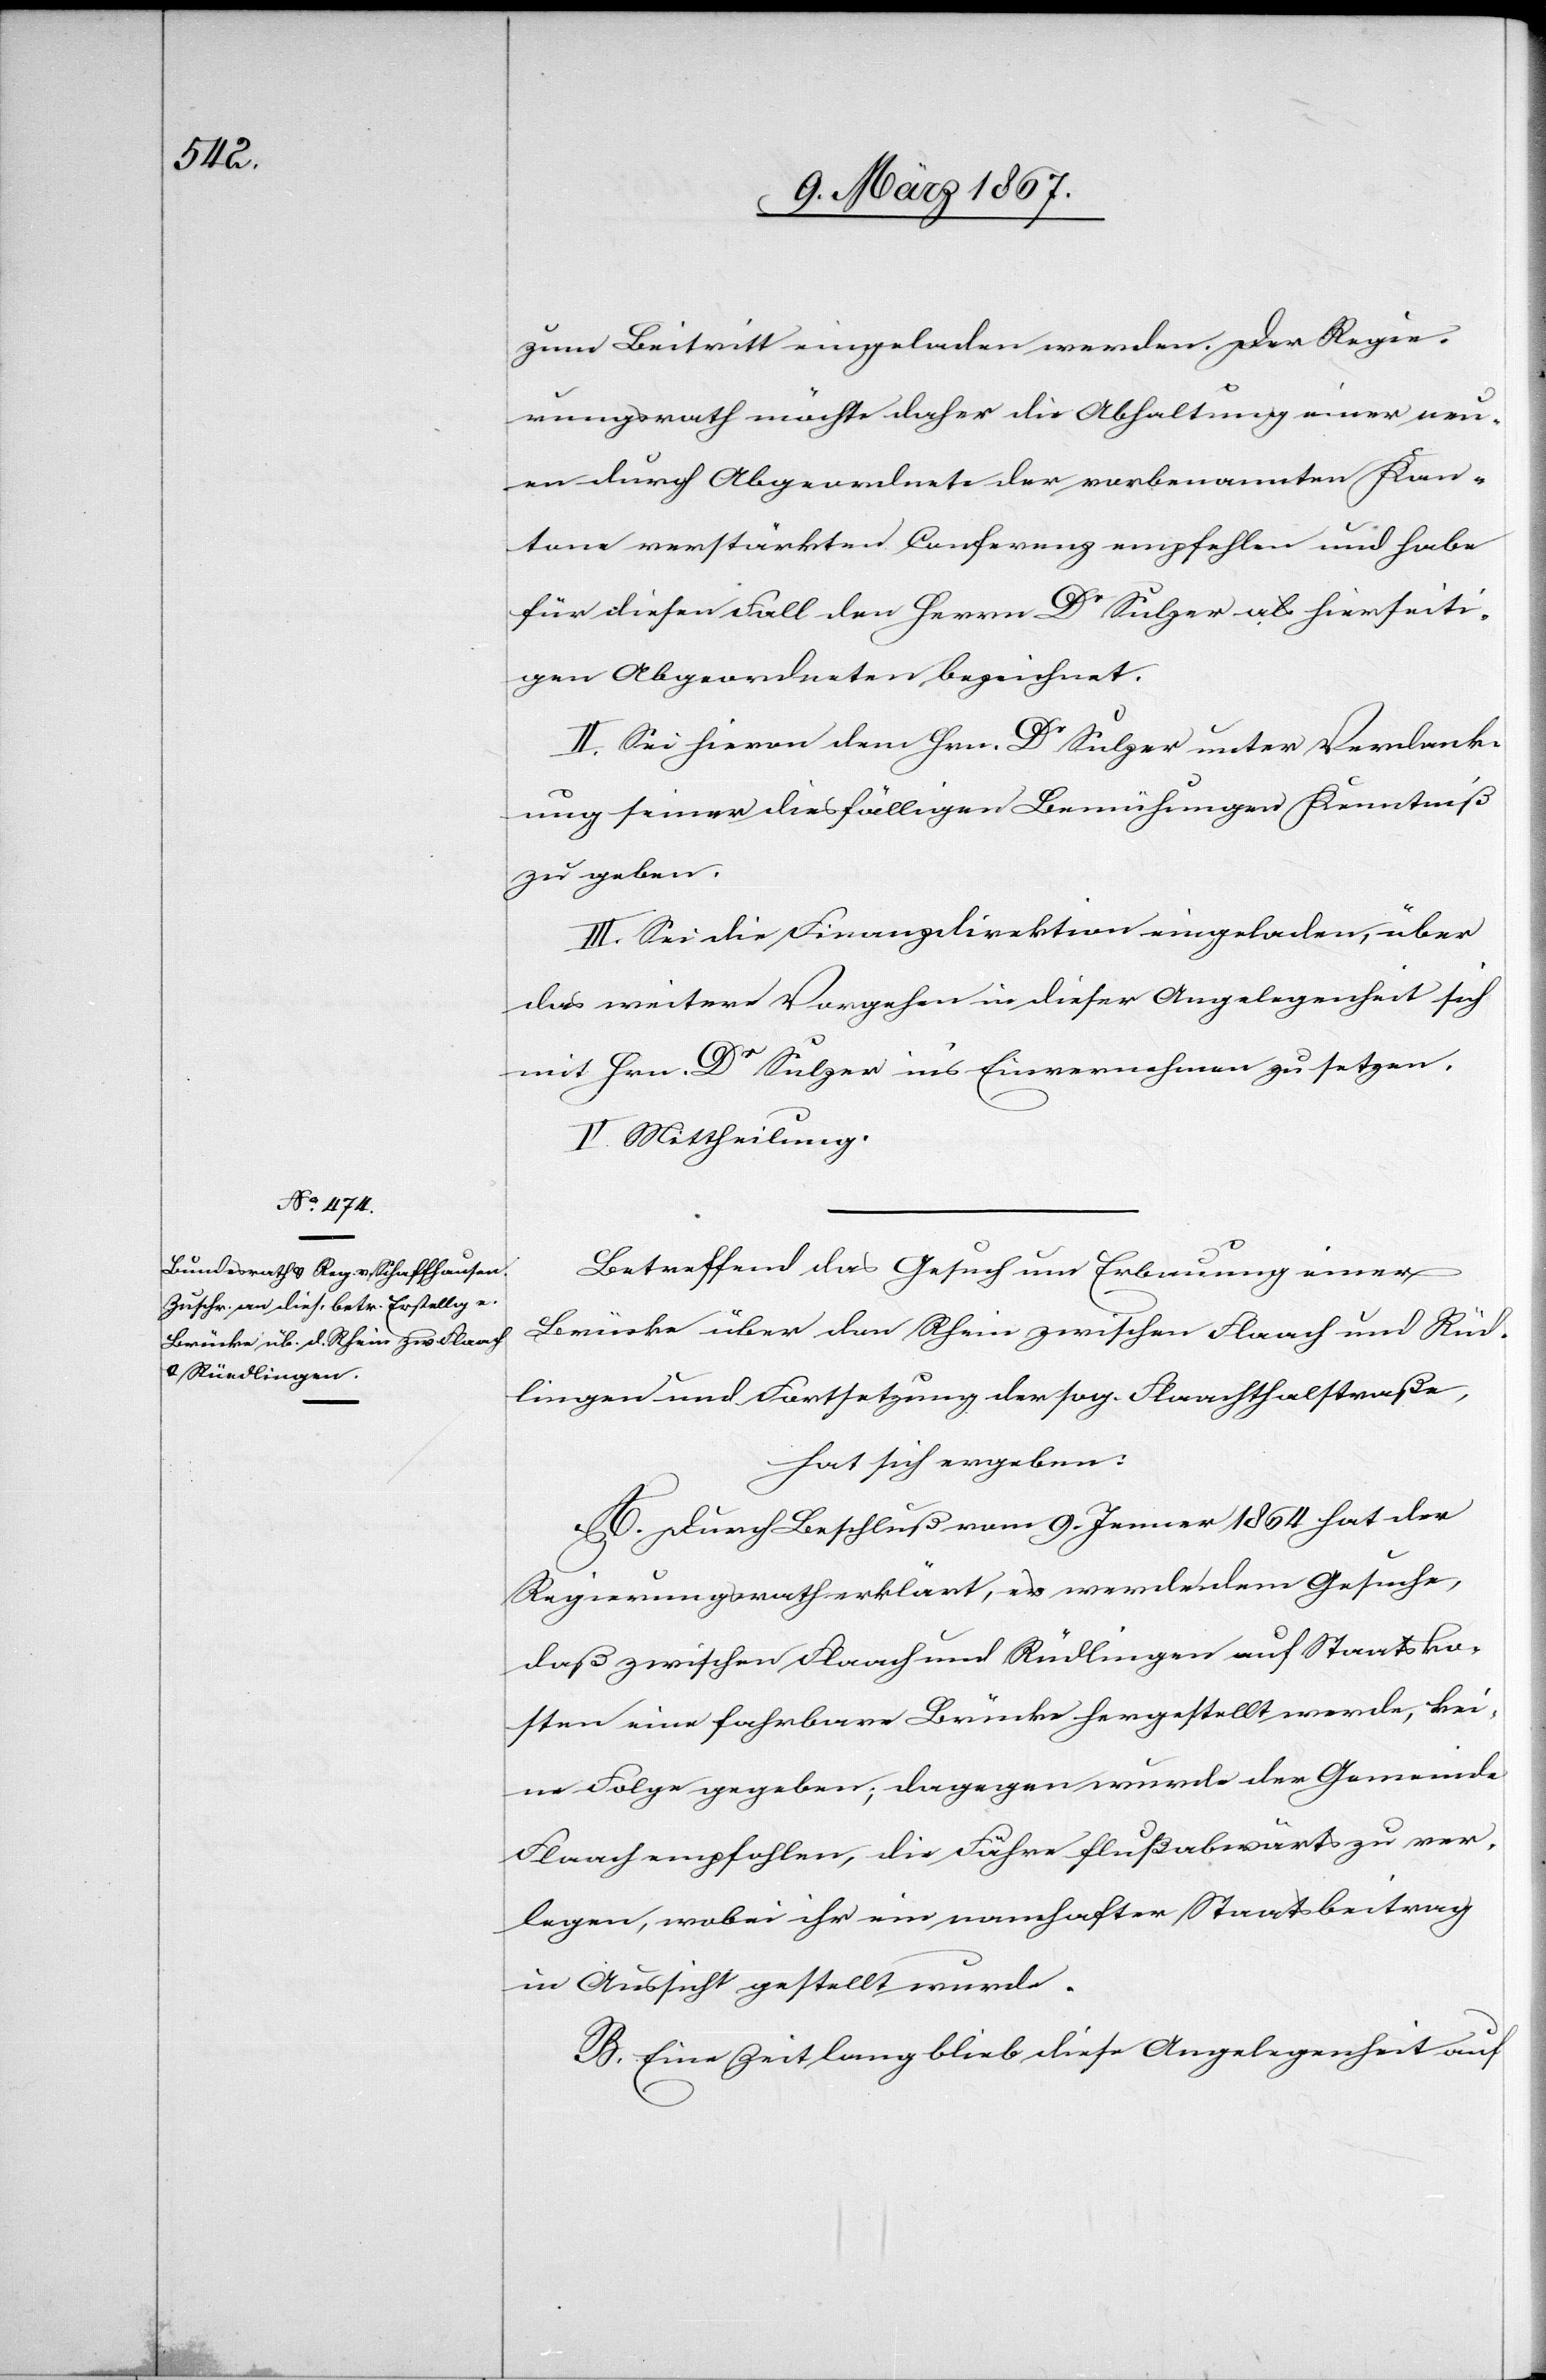
zum Beitritt eingeladen werden. Der Regie¬
rungsrath möchte daher die Abhaltung einer neu¬
en durch Abgeordnete der vorbenannten Kan¬
tone verstärkten Conferenz empfehlen und habe
für diesen Fall den Herrn Dr Sulzer als hierseiti¬
gen Abgeordneten bezeichnet.
II. Sei hievon dem Hrn. Dr Sulzer unter Verdank¬
ung seiner diesfälligen Bemühungen Kenntniß
zu geben.
III. Sei die Finanzdirektion eingeladen, über
das weitere Vorgehen in dieser Angelegenheit sich
mit Hrn. Dr Sulzer ins Einvernehmen zu setzen.
IV. Mittheilung.
Betreffend das Gesuch um Erbauung einer
Brücke über den Rhein zwischen Flaach und Rüd¬
lingen und Fortsetzung der sog. Flaachthalstraße,
hat sich ergeben:
A. Durch Beschluß vom 9. Jenner 1864 hat der
Regierungsrath erklärt, es werde dem Gesuche,
daß zwischen Flaach und Rüdlingen auf Staatsko¬
sten eine fahrbare Brücke hergestellt werde, kei¬
ne Folge gegeben; dagegen wurde der Gemeinde
Flaach empfohlen, die Fähre flußabwärts zu ver¬
legen, wobei ihr ein namhafter Staatsbeitrag
in Aussicht gestellt wurde.
B. Eine Zeit lang blieb diese Angelegenheit auf